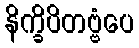
နိက္ခိပိတဗ္ဗံပေ